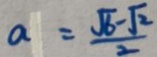
a = \frac { \sqrt { 6 } - \sqrt { 2 } } { 2 }